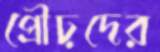
প্রৌঢ়দের